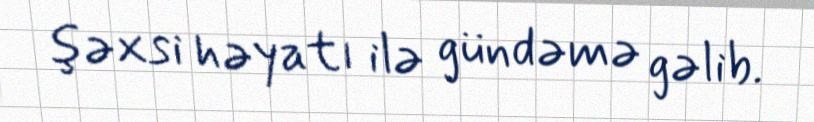
şəxsi həyatı ilə gündəmə gəlib.